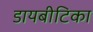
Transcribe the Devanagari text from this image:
डायबीटिका